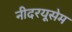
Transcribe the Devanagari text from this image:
नीदरयूसेम